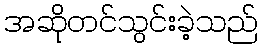
အဆိုတင်သွင်းခဲ့သည်